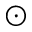
_ { \odot }